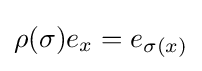
\rho (\sigma )e_{x}=e_{\sigma (x)}